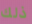
ذلك